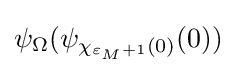
\psi _{\Omega }(\psi _{\chi _{\varepsilon _{M}+1}(0)}(0))